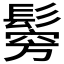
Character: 𩮇